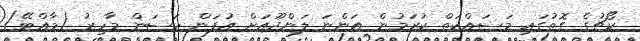
ކޯޗުގެ ގޮތުގައި މަސައްކަތް ކުރަމުން އަންނަ ލަންދޫއަށް އުފަން ހަސަން މާހިރު (މާއްޓޭ)